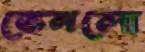
ভেনলো